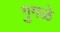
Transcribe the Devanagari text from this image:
गुगळे